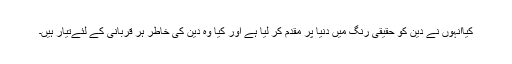
کیاانہوں نے دین کو حقیقی رنگ میں دنیا پر مقدم کر لیا ہے اور کیا وہ دین کی خاطر ہر قربانی کے لئےتیار ہیں۔